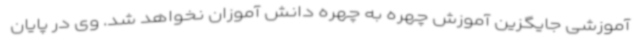
آموزشی جایگزین آموزش چهره به چهره دانش آموزان نخواهد شد. وی در پایان